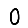
Digit: 0